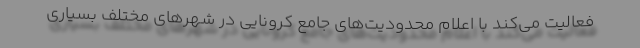
فعالیت می‌کند با اعلام محدودیت‌های جامع کرونایی در شهرهای مختلف بسیاری